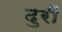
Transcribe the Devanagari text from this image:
दुरीं